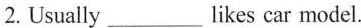
2.Usually ___ likes car model.